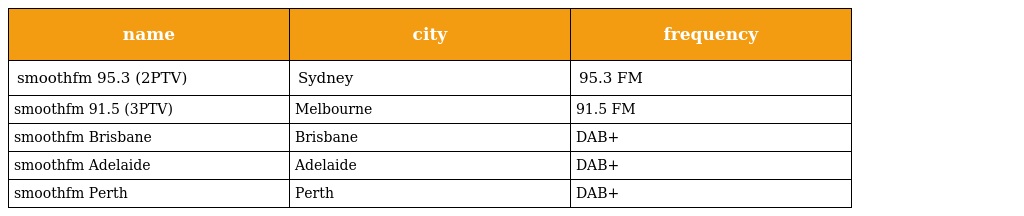
| name | city | frequency |
 | --- | --- | --- |
 | smoothfm 95.3 (2PTV) | Sydney | 95.3 FM |
 | smoothfm 91.5 (3PTV) | Melbourne | 91.5 FM |
 | smoothfm Brisbane | Brisbane | DAB+ |
 | smoothfm Adelaide | Adelaide | DAB+ |
 | smoothfm Perth | Perth | DAB+ |